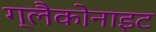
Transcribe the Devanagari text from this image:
ग्लैकोनाइट